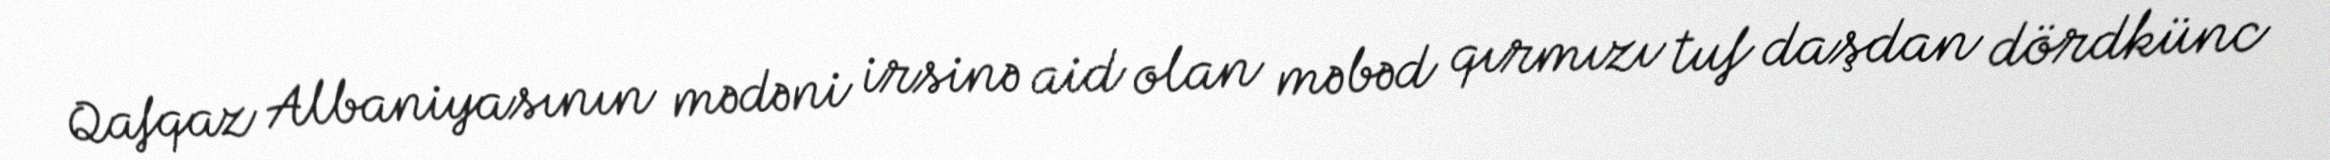
Qafqaz Albaniyasının mədəni irsinə aid olan məbəd qırmızı tuf daşdan dördkünc